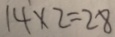
1 4 \times 2 = 2 8